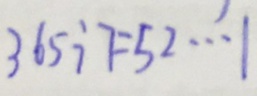
3 6 5 \div 7 = 5 2 \cdots 1